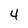
Character: 4